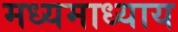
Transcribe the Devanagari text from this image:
मध्यमाध्याय